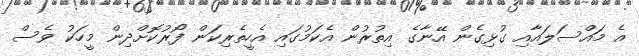
އެ މައްސަލައާއި ގުޅިގެން އޭނާގެ އިތުރުން އެކަމުގައި އެހީތެރިކަން ފޯރުކޮށްދިން މީހަކު ވެސް